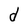
Character: d